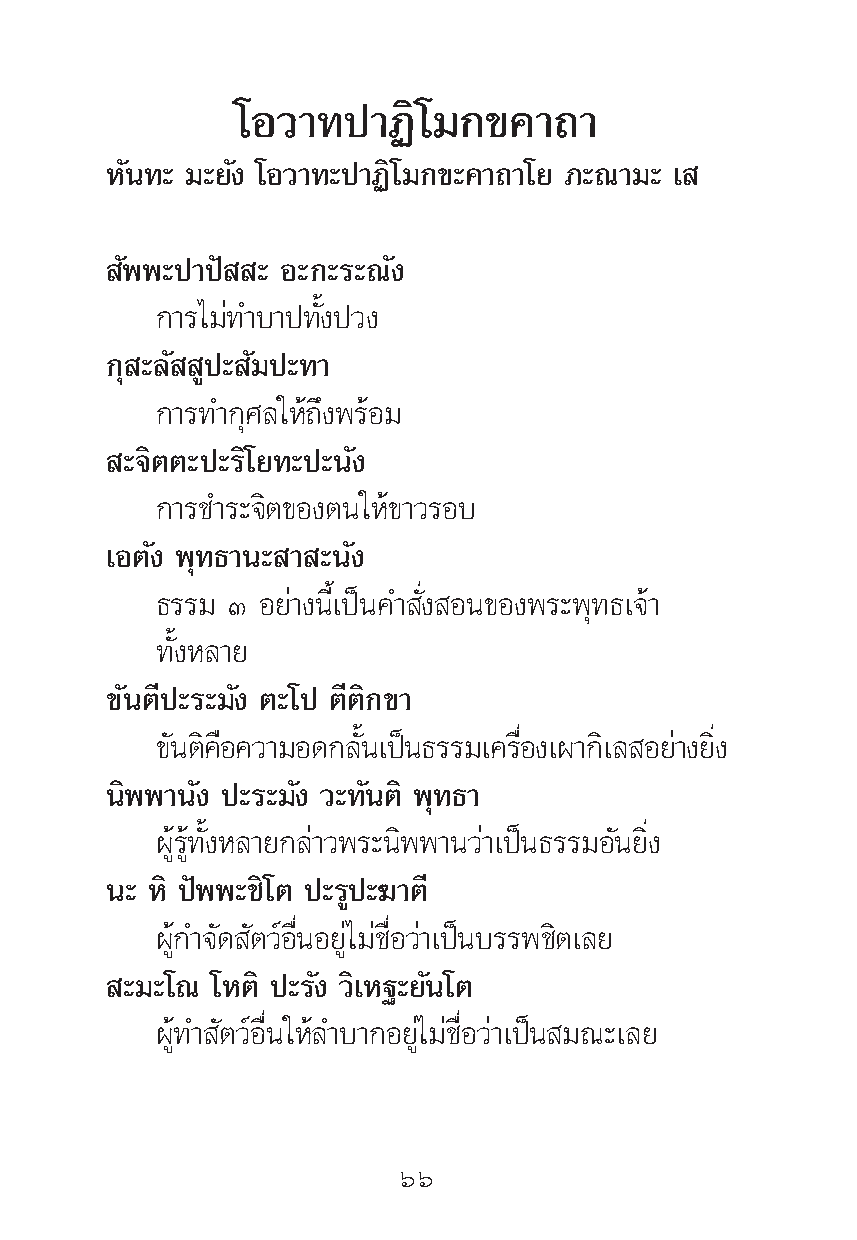
‚Õ«“∑ª“Ø‘‚¡°¢§“∂“
 À—π∑– ¡–¬—ß ‚Õ«“∑–ª“Ø‘‚¡°¢–§“∂“‚¬ ¿–≥“¡– ‡
 —ææ–ª“ªí – Õ–°–√–≥—ß
 °“√‰¡à∑”∫“ª∑—Èßª«ß
 °ÿ –≈— Ÿª– —¡ª–∑“
 °“√∑”°ÿ»≈„Àâ∂÷ßæ√âÕ¡
 –®‘μμ–ª–√‘‚¬∑–ª–π—ß
 °“√™”√–®‘μ¢Õßμπ„Àâ¢“«√Õ∫
 ‡Õμ—ß æÿ∑∏“π– “ –π—ß
 ∏√√¡ Û Õ¬à“ßπ’È‡ªìπ§” —Ëß Õπ¢Õßæ√–æÿ∑∏‡®â“
 ∑—ÈßÀ≈“¬
 ¢—πμ’ª–√–¡—ß μ–‚ª μ’μ‘°¢“
 ¢π— μ§‘ Õ◊ §«“¡Õ¥°≈πÈ— ‡ªπì ∏√√¡‡§√ÕË◊ ß‡º“°‡‘ ≈ Õ¬“à ß¬ßË‘
 π‘ææ“π—ß ª–√–¡—ß «–∑—πμ‘ æÿ∑∏“
 ºŸâ√Ÿâ∑—ÈßÀ≈“¬°≈à“«æ√–π‘ææ“π«à“‡ªìπ∏√√¡Õ—π¬‘Ëß
 π– À‘ ªíææ–™‘‚μ ª–√Ÿª–¶“μ’
 ºŸâ°”®—¥ —μ«åÕ◊ËπÕ¬Ÿà‰¡à™◊ËÕ«à“‡ªìπ∫√√æ™‘μ‡≈¬
 –¡–‚≥ ‚Àμ‘ ª–√—ß «‘‡À∞–¬—π‚μ
 ºŸâ∑” —μ«åÕ◊Ëπ„Àâ≈”∫“°Õ¬Ÿà‰¡à™◊ËÕ«à“‡ªìπ ¡≥–‡≈¬
 ˆˆ